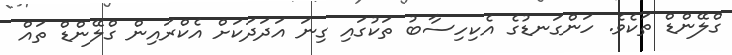
ގްލޭންޑް ތަކެވެ. ހަންގަނޑުގެ އެކިހިސާބު ތަކުގައި ގިނަ އަދަދަކަށް އެކްރައިން ގްލޭންޑް ތައް